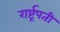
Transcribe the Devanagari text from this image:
रार्ष्ट्रपती